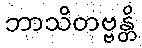
ဘာသိတဗ္ဗန္တိ